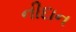
નીદાન